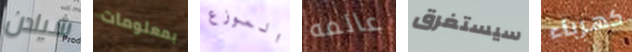
شيلدن بمعلومات الموزع عالمه سيستغرق كهرباء